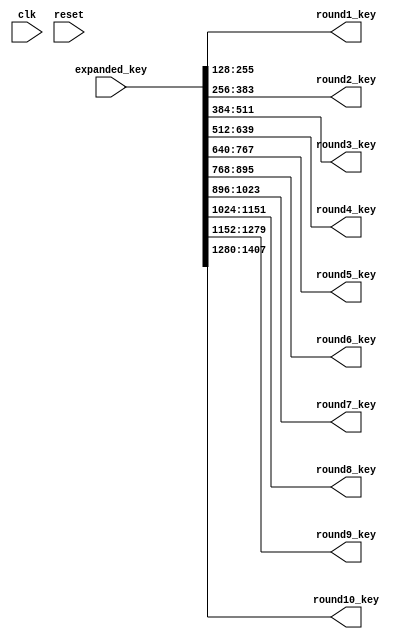
`timescale 1ns / 1ps


module key_scheduler(
	input wire clk,
	input wire reset,
	input wire[1407:0] expanded_key,
	output wire [127:0] round1_key,
	output wire [127:0] round2_key,
	output wire [127:0] round3_key,
	output wire [127:0] round4_key,
	output wire [127:0] round5_key,
	output wire [127:0] round6_key,
	output wire [127:0] round7_key,	
	output wire [127:0] round8_key,
	output wire [127:0] round9_key,
	output wire [127:0] round10_key
	);
	
	//Internal logic
	reg [1407:0] expanded_key_temp;
	reg [127:0] round1_key_next;
	reg [127:0] round2_key_next;
	reg [127:0] round3_key_next;
	reg [127:0] round4_key_next;
	reg [127:0] round5_key_next;
	reg [127:0] round6_key_next;
	reg [127:0] round7_key_next;
	reg [127:0] round8_key_next;
	reg [127:0] round9_key_next;
	reg [127:0] round10_key_next;
	
	
	always @*
    begin
    	//Combinational logic
		expanded_key_temp[1407:0] = expanded_key[1407:0];
	    
	    round1_key_next = expanded_key_temp[255:128];
	    round2_key_next = expanded_key_temp[383:256];
	    round3_key_next = expanded_key_temp[511:384];
	    round4_key_next = expanded_key_temp[639:512];
	    round5_key_next = expanded_key_temp[767:640];
	    round6_key_next = expanded_key_temp[895:768];
	    round7_key_next = expanded_key_temp[1023:896];
	    round8_key_next = expanded_key_temp[1151:1024];
	    round9_key_next = expanded_key_temp[1279:1152];
	    round10_key_next = expanded_key_temp[1407:1280];
	    
    end
    
    assign round1_key = round1_key_next;
    assign round2_key = round2_key_next;
    assign round3_key = round3_key_next;
    assign round4_key = round4_key_next;
    assign round5_key = round5_key_next;
    assign round6_key = round6_key_next;
    assign round7_key = round7_key_next;
    assign round8_key = round8_key_next;
    assign round9_key = round9_key_next;
    assign round10_key = round10_key_next;
    
endmodule